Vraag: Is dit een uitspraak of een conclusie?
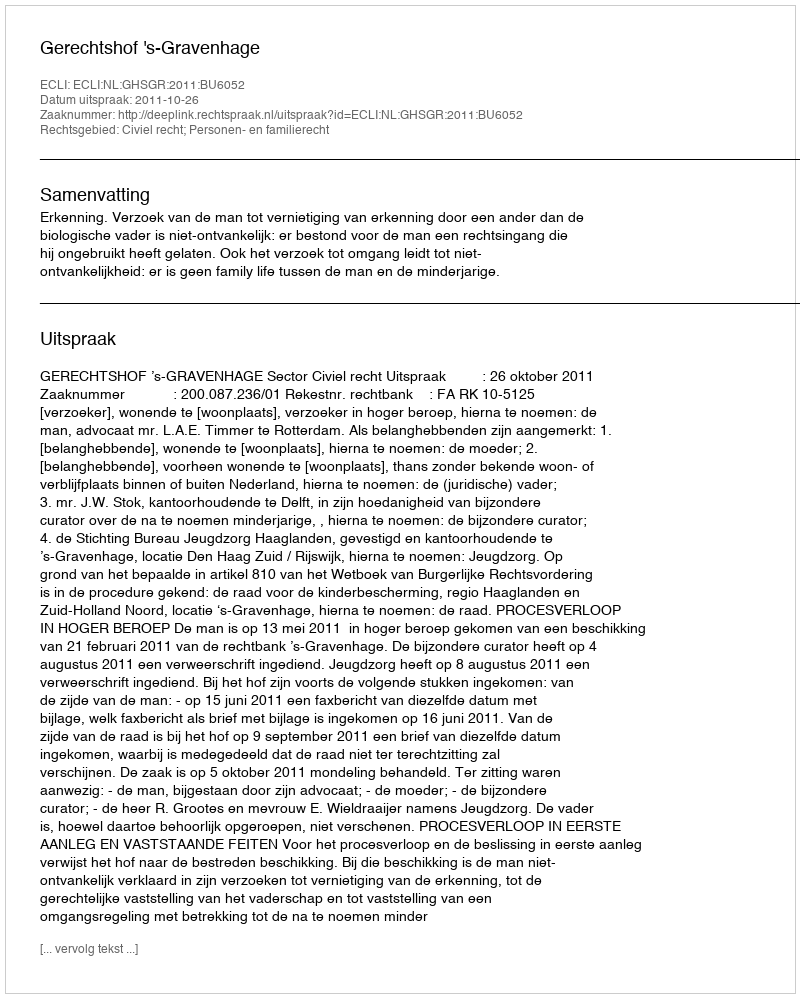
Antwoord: Uitspraak